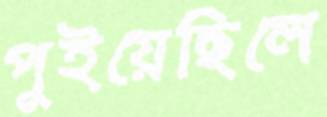
পুইয়েছিলে